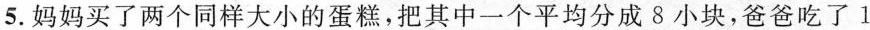
5.妈妈买了两个同样大小的蛋糕，把其中一个平均分成8小块，爸爸吃了1